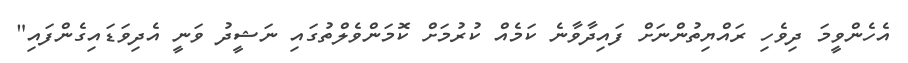
އެހެންވީމަ ދިވެހި ރައްޔިތުންނަށް ފައިދާވާނެ ކަމެއް ކުރުމަށް ކޮމަންވެލްތުގައި ނަޝީދު ވަނީ އެދިވަޑައިގެންފައި"